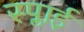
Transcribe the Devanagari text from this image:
स्प्लाई